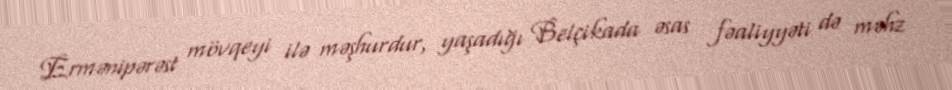
Ermənipərəst mövqeyi ilə məşhurdur, yaşadığı Belçikada əsas fəaliyyəti də məhz